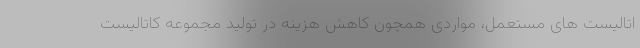
اتالیست های مستعمل، مواردی همچون کاهش هزینه در تولید مجموعه کاتالیست